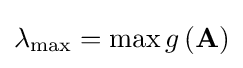
\lambda _{\text{max}}=\max g\left(\mathbf {A} \right)